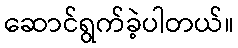
ဆောင်ရွက်ခဲ့ပါတယ်။